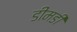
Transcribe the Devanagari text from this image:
डीमडी